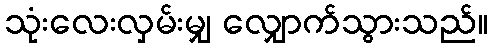
သုံးလေးလှမ်းမျှ လျှောက်သွားသည်။